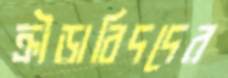
ক্রীড়াবিদদের